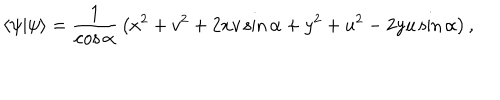
LaTeX: \langle \psi | \psi \rangle = { \frac { 1 } { \cos \alpha } } \left( x ^ { 2 } + v ^ { 2 } + 2 x v \sin \alpha + y ^ { 2 } + u ^ { 2 } - 2 y u \sin \alpha \right) ,